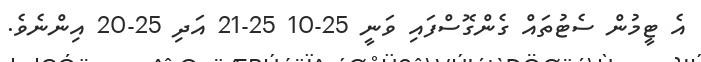
އެ ޓީމުން ސެޓުތައް ގެންގޮސްފައި ވަނީ 25-10 25-21 އަދި 25-20 އިންނެވެ.